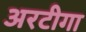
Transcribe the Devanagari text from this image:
अरटीगा